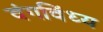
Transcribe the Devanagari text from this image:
वंगविंध्य